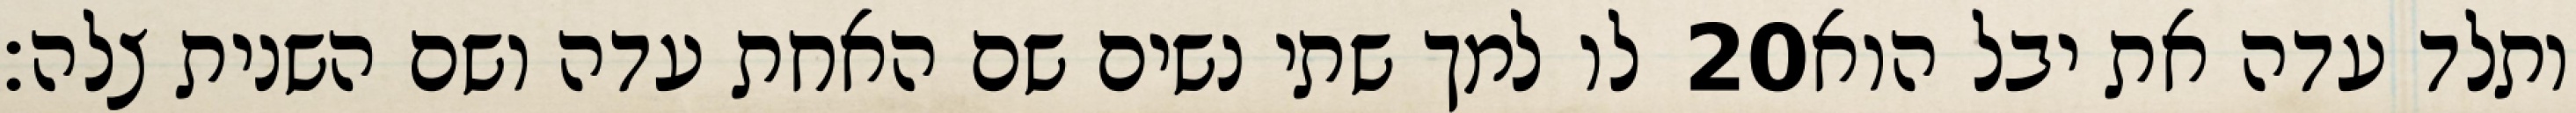
לו למך שתי נשים שם האחת עדה ושם השנית צלה׃ ‎20‏ ותלד עדה את יבל הוא